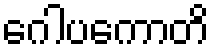
ဂေါပကောတိ